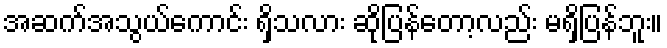
အဆက်အသွယ်ကောင်း ရှိသလား ဆိုပြန်တော့လည်း မရှိပြန်ဘူး။